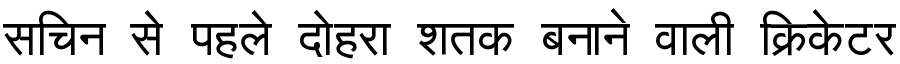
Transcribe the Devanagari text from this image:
सचिन से पहले दोहरा शतक बनाने वाली क्रिकेटर